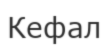
Кефал